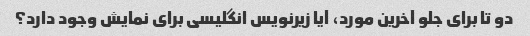
دو تا برای جلو آخرین مورد، آیا زیرنویس انگلیسی برای نمایش وجود دارد؟